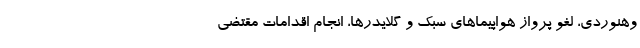
وهنوردی، لغو پرواز هواپیما‌های سبک و گلایدرها، انجام اقدامات مقتضی